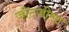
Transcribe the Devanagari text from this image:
ज़ीटजीस्ट